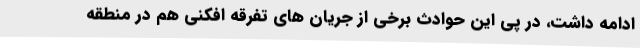
ادامه داشت، در پی این حوادث برخی از جریان های تفرقه افکنی هم در منطقه